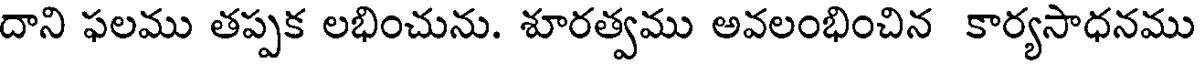
దాని ఫలము తప్పక లభించును. శూరత్వము అవలంభించిన కార్యసాధనము